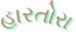
હારતોરા